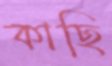
কাছি